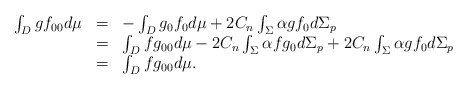
\begin{align*}\begin{array}{ccl}\int_{D}gf_{00}d\mu & = & -\int_{D}g_{0}f_{0}d\mu +2C_{n}\int_{\Sigma}\alpha gf_{0}d\Sigma _{p} \\ & = & \int_{D}fg_{00}d\mu -2C_{n}\int_{\Sigma }\alpha fg_{0}d\Sigma_{p}+2C_{n}\int_{\Sigma }\alpha gf_{0}d\Sigma _{p} \\ & = & \int_{D}fg_{00}d\mu .\end{array}\end{align*}